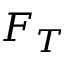
F _ { T }